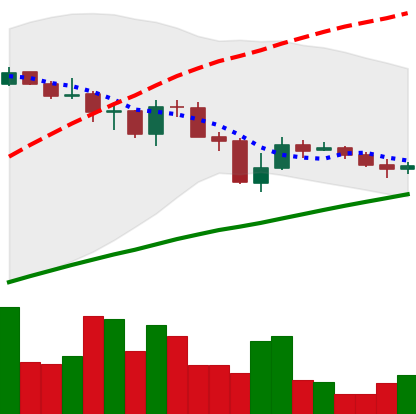
Ticker: LINK-USD
Chart end date: 2019-07-24
Forward return: -11.021%
Label: down_7plus